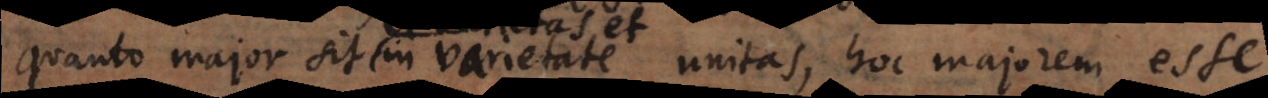
quanto major sit in varietate unitas, hoc majorem esse